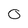
Character: 0